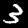
Digit: 3